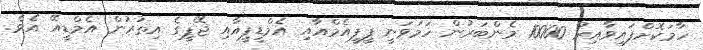
ހާމަކޮށްފައިވާއިރު 10000 މެންބަރުން ހަމަވަނީ ޕީޕީއެމްއާއި އެމްޑީޕީއާއި ޖޭޕީގެ އިތުރުން އެމްޑީއޭ އެވެ.